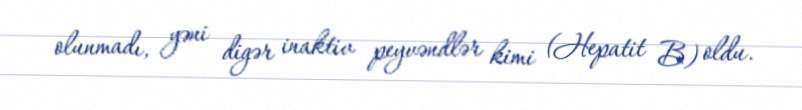
olunmadı, yəni digər inaktiv peyvəndlər kimi (Hepatit B) oldu.